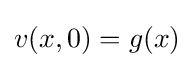
v(x,0)=g(x)